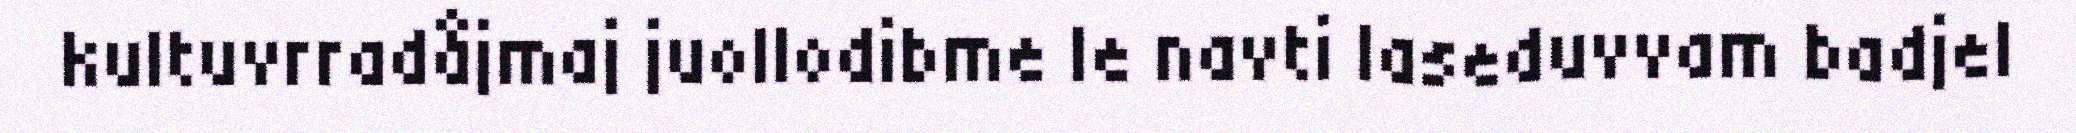
kultuvrradåjmaj juollodibme le navti laseduvvam badjel